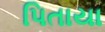
પિતાયા